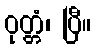
ဝုတ္တံ၊ ပြီ။